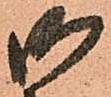
御